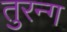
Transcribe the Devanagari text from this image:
तुरन्ग